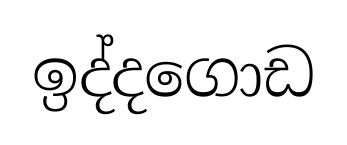
ඉද්දගොඩ